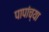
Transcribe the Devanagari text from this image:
पापांच्या